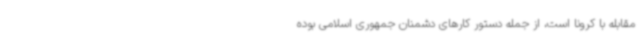
مقابله با کرونا است، از جمله دستور کارهای دشمنان جمهوری اسلامی بوده